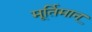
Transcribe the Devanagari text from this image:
मूर्तिमान्‌